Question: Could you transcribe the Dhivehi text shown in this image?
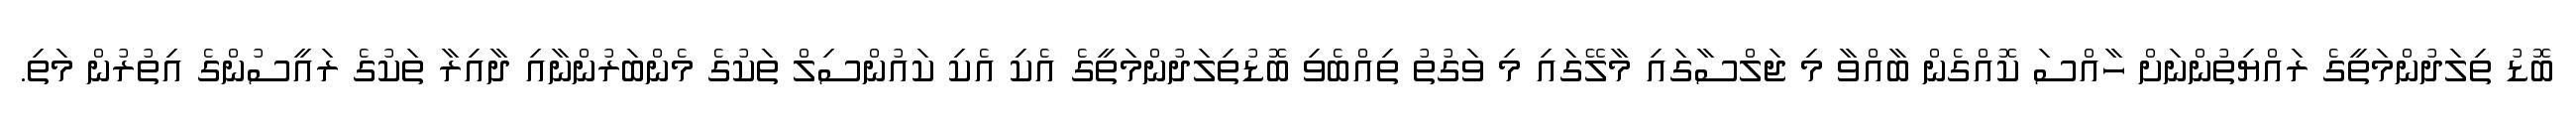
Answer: ބޮޑު ތިލަދުންމަތީގެ ރައްޔިތުންނަށް ހާއްސަ ކޮއްގެން ބާއްވާ މި ޖަލްސާގައި މާލޭގައި މި ވަގުތު ތިއްބެވި ބޮޑުތިލަދުންމަތީގެ އެކި އެކި ކައުންސިލް ތަކުގެ މެންބަރުންނާއި ދާއިރާ ތަކުގެ ރައީސުންގެ އިތުރުން މަތި.